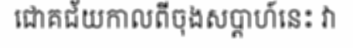
ជោគជ័យកាលពីចុងសប្តាហ៍នេះ វា